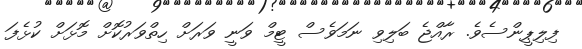
ފިލިޕީންސެވެ. ރާއްޖެ ބަލިވި ނަމަވެސް ޓީމް ވަނީ ވަރަށް ހިތްވަރުކޮށް މޮޅަށް ކުޅެފަ